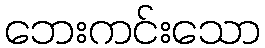
ဘေးကင်းသော